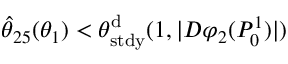
\hat { \theta } _ { 2 5 } ( \theta _ { 1 } ) < \theta _ { \mathrm { s t d y } } ^ { \mathrm { d } } ( 1 , | D \varphi _ { 2 } ( P _ { 0 } ^ { 1 } ) | )